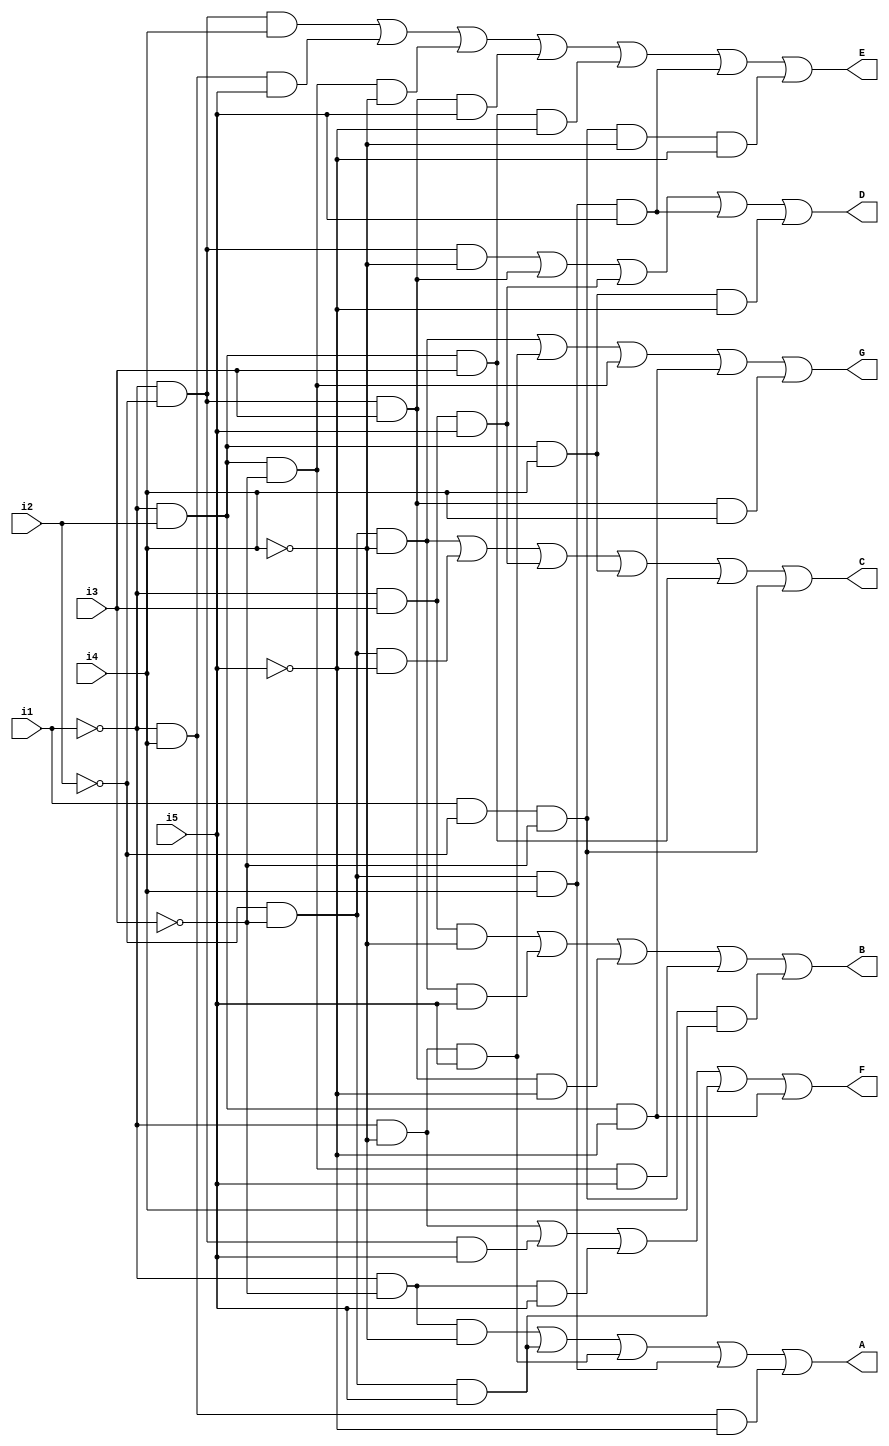
module decodificadorAssign(A, B, C, D, E, F, G, i1, i2, i3, i4, i5 
);
    input i1, i2, i3, i4, i5;
    wire A1, A2, A3, A4, A5;
    wire B1, B2, B3, B4, B5;
    wire C1, C2, C3, C4, C5, C6;
    wire D1, D2, D3, D4, D5;
    wire E1, E2, E3, E4, E5, E6, E7;
    wire F1, F2, F3, F4, F5;
    wire G1, G2, G3, G4, G5;
    output A, B, C, D, E, F, G;

    
    assign A1 = (~i1 & ~i3 & ~i4);
    assign A2 = (~i2 & ~i3 & i5);
    assign A3 = (~i1 & ~i4 & i5);
    assign A4 = (~i2 & ~i3 & i4);
    assign A5 = (~i1 & i4 & ~i5);
    assign A = (A1 | A2 | A3 | A4 | A5);
    
    assign B1 = (~i1 & i3 & ~i4);
    assign B2 = (~i2 & ~i3 & ~i4 & i5);
    assign B3 = (~i1 & ~i2 & i3 & ~i5);
    assign B4 = (~i1 & i2 & ~i3 & i5);
    assign B5 = (i1 & ~i2 & ~i3  & i4);
    assign B = (B1 | B2 | B3 | B4 | B5);

    assign C1 = (~i2 & ~i3 & ~i4);
    assign C2 = (~i2 & ~i3 & ~i5);
    assign C3 = (~i1 & i3 & i5);
    assign C4 = (~i1 & i2 & i4);
    assign C5 = (~i1 & i2 & i3);
    assign C6 = (i1 & ~i2 & ~i3);
    assign C = (C1 | C2 | C3 | C4 | C5 | C6);
    
    assign D1 = (~i1 & ~i2 & ~i4);
    assign D2 = (~i1 & ~i2 & i3);
    assign D3 = (~i1 & i3 & i5);
    assign D4 = (~i2 & ~i3 & i4 & i5);
    assign D5 = (~i1 & i2 & i4 & ~i5);
    assign D = (D1 | D2 | D3 | D4 | D5);

    assign E1 = (~i1 & ~i2 & i4);
    assign E2 = (~i1 & i4 & i5);
    assign E3 = (~i1 & i2 & ~i3 & ~i4);
    assign E4 = (~i1 & ~i2 & i3 & i5);
    assign E5 = (~i1 & i2 & i3 & ~i5);
    assign E6 = (~i2 & ~i3 & i4 & i5);
    assign E7 = (i1 & ~i2 & ~i3 & ~i4 & ~i5);
    assign E = (E1 | E2 | E3 | E4 | E5 | E6 | E7);
    
    assign F1 = (~i1 & ~i4);
    assign F2 = (~i1 & ~i2 & i5);
    assign F3 = (~i1 & ~i3 & i5);
    assign F4 = (~i2 & ~i3 & i5);
    assign F5 = (~i1 & i2 & ~i5);
    assign F = (F1 | F2 | F3 | F4 | F5);

    assign G1 = (~i2 & ~i3 & ~i4);
    assign G2 = (~i1 & ~i4 & i5);
    assign G3 = (~i1 & i2 & ~i3);
    assign G4 = (~i1 & i2 & ~i5);
    assign G5 = (~i1 & ~i2 & i3 & i4);
    assign G = (G1 | G2 | G3 | G4 | G5);
endmodule